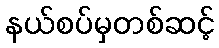
နယ်စပ်မှတစ်ဆင့်